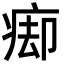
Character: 㾡